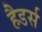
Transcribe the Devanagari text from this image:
हैडर्स